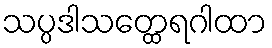
သပ္ပဒါသတ္ထေရဂါထာ